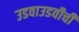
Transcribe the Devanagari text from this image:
उडवाउडवीची